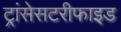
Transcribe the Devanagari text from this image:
ट्रांसेसटरीफाइड